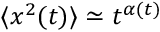
\langle x ^ { 2 } ( t ) \rangle \simeq t ^ { \alpha ( t ) }